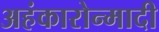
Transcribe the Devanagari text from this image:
अहंकारोन्मादी